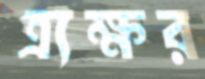
ত্র্যক্ষর